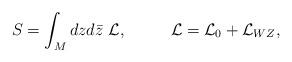
LaTeX: \begin{align*}S=\int_M dz d\bar z ~ {\mathcal L}, ~~~~~~~~ {\mathcal L}={\mathcal L}_0 + {\mathcal L}_{WZ},\end{align*}